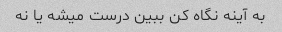
به آینه نگاه کن ببین درست میشه یا نه